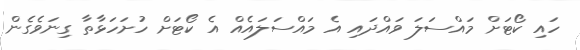
ހައި ކޯޓަށް މައްސަލަ ވައްދައި އެ މައްސަލައެއް އެ ކޯޓަށް ހުށަހަޅާތާ ގިނަވެގެން